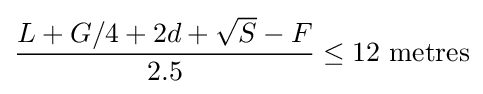
{\frac {L+G/4+2d+{\sqrt {S}}-F}{2.5}}\leq 12{\mbox{ metres}}